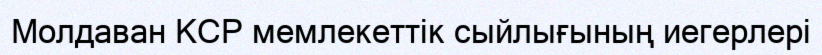
Молдаван КСР мемлекеттік сыйлығының иегерлері